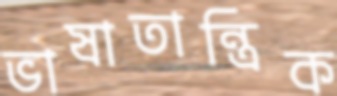
ভাষাতান্ত্রিক